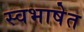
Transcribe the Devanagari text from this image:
स्वभाषेत